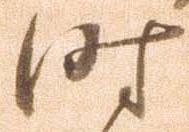
時